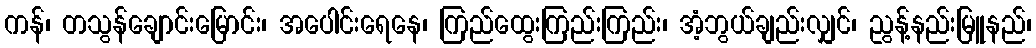
ကန်၊ တသွန်ချောင်းမြောင်း၊ အပေါင်းရေနေ၊ ကြည်ထွေးကြည်းကြည်း၊ အံ့ဘွယ်ချည်းလျှင်၊ ညွန့်နည်းမြူနည်၊